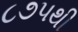
૮૭૫થી